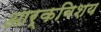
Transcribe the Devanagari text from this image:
आर्कबिशय